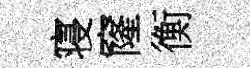
寝窿衡